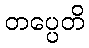
တပ္ပေတိ